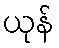
ယုန်